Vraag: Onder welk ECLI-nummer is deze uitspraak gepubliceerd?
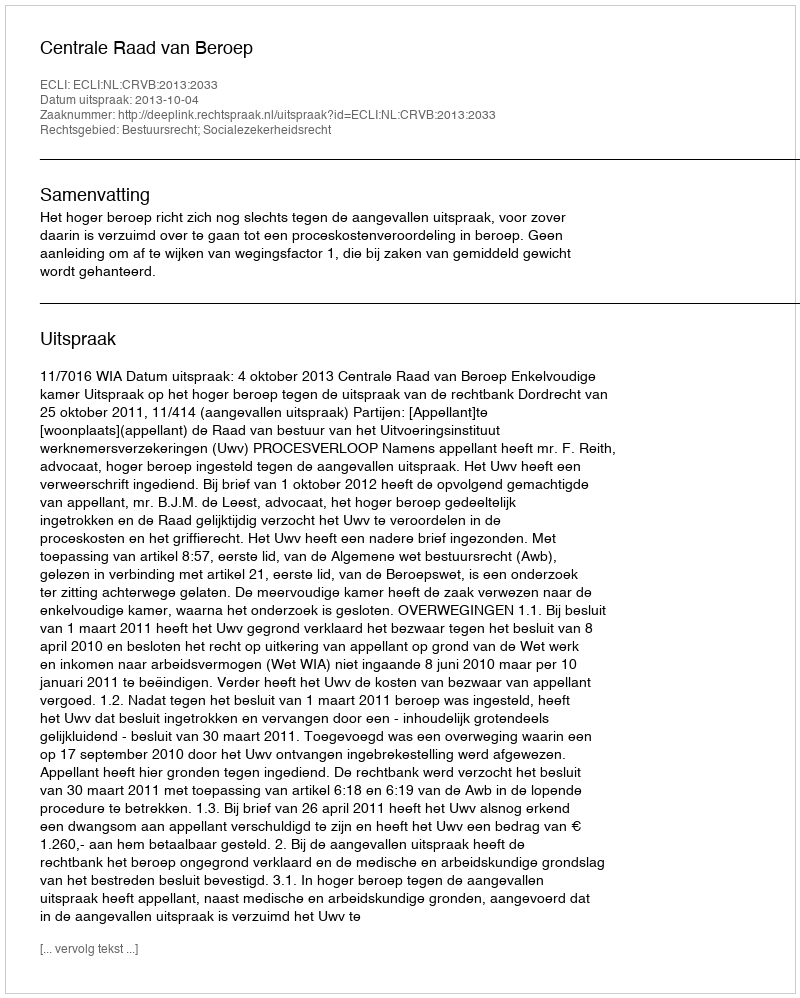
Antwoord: ECLI:NL:CRVB:2013:2033